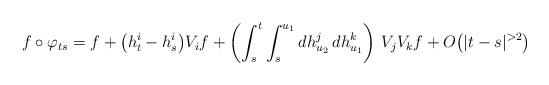
LaTeX: \begin{align*}f\circ \varphi_{ts} = f + \big(h^i_t-h^i_s\big)V_if + \left(\int_s^t\int_s^{u_1} dh^j_{u_2}\,dh^k_{u_1}\right)\,V_jV_kf + O\big(|t-s|^{>2}\big)\end{align*}